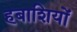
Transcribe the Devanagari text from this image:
हबाशियों